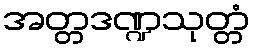
အတ္တဒဏ္ဍသုတ္တံ